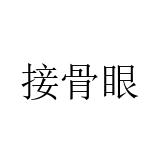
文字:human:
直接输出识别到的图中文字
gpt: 接骨眼